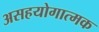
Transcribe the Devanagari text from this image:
असहयोगात्मक